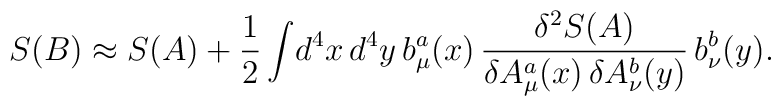
S(B)\approx S(A)+{1\over 2}\int\!d^4x\,d^4y\,b^a_\mu(x)\,{\delta^2 S(A)\over\delta A^a_\mu(x)\,\delta A^b_\nu(y)}\,b^b_\nu(y).